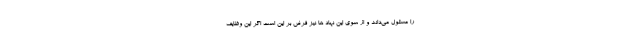
را مسئول می‌داند و از سوی این نهاد ها نیز فرض بر این است اگر این وظایف